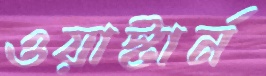
ওয়াস্টার্ন